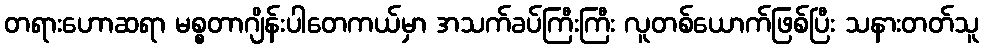
တရားဟောဆရာ မစ္စတာဂျိန်းပါတေကယ်မှာ အသက်ခပ်ကြီးကြီး လူတစ်ယောက်ဖြစ်ပြီး သနားတတ်သူ